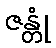
ဇန္တုံ